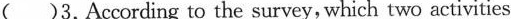
（）3. According to the survey, which two activities